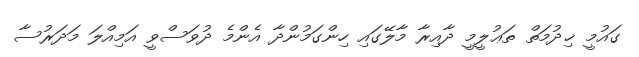
ގައުމީ ޚިދުމަތް ތަޢުލީމީ ދާއިރާ މާލޭގައި ހިންގަމުންދާ އެންމެ ދުވަސްވީ އަމިއްލަ މަދަރުސާ